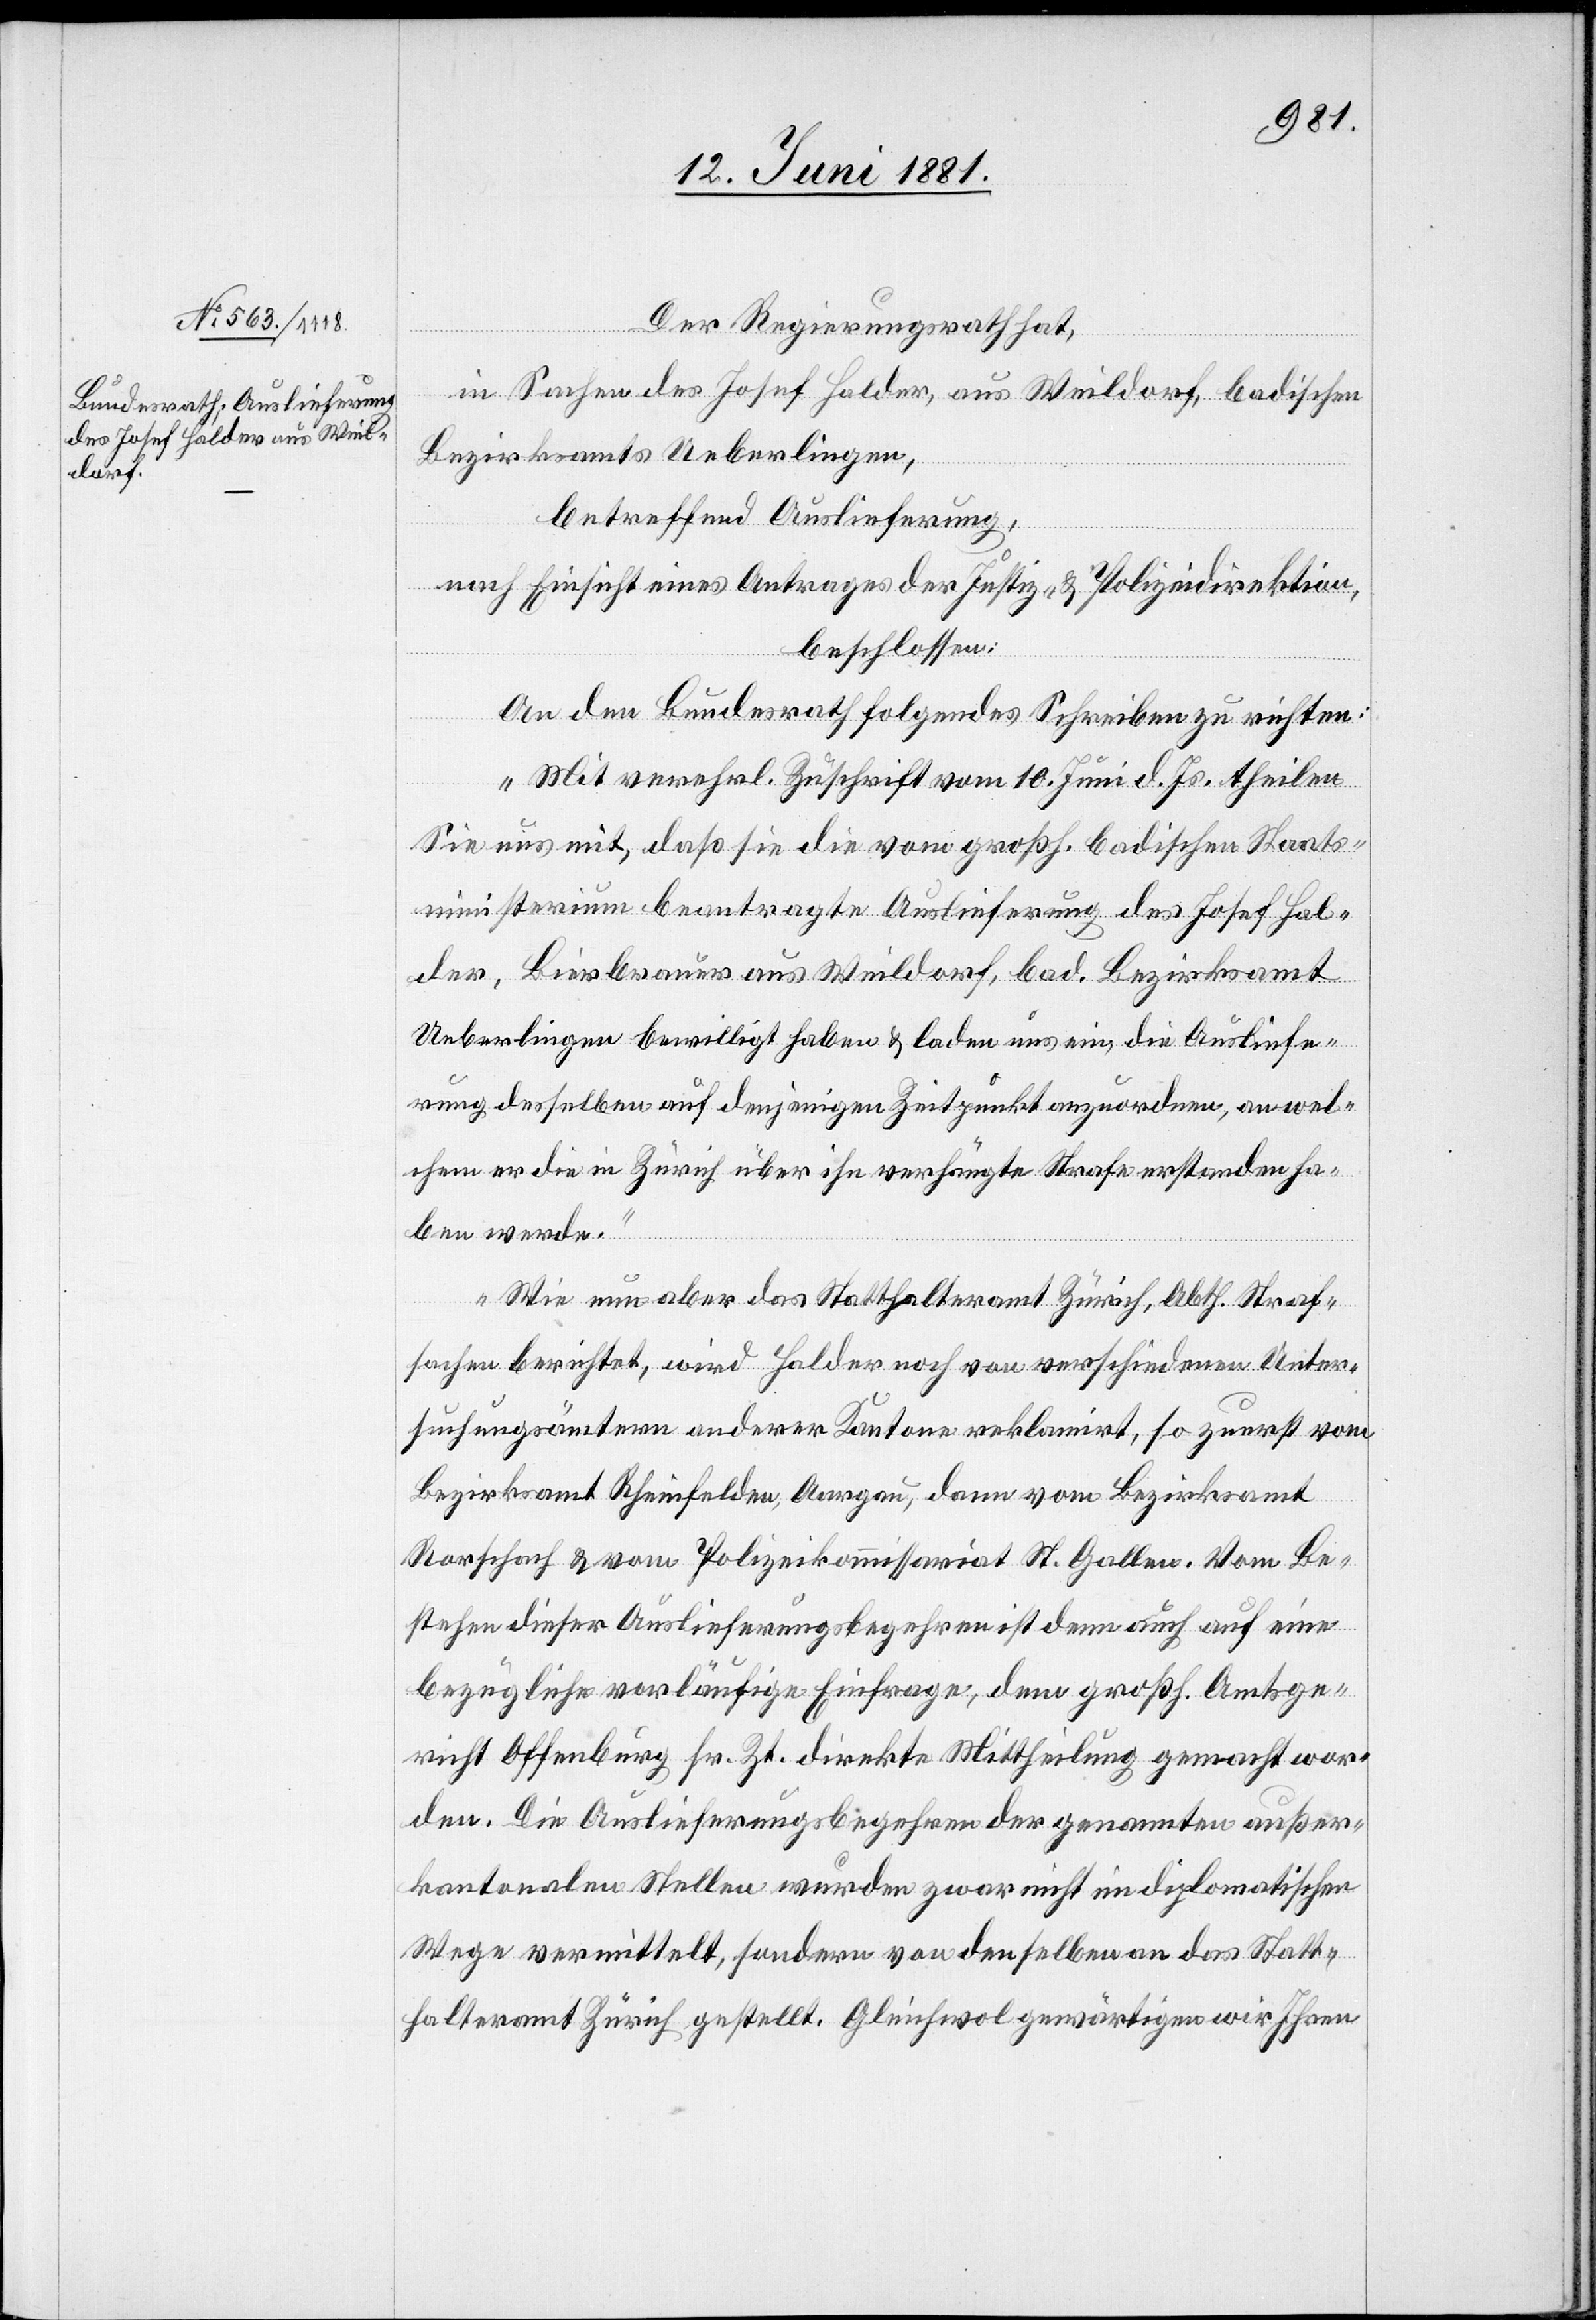
15. Juni 1881.]
Der Regierungsrath hat,
in Sachen des Josef Halder, aus Weildorf, badischen
Bezirksamts Ueberlingen,
betreffend Auslieferung,
nach Einsicht eines Antrages der Justiz- & Polizeidirektion,
beschlossen:
An den Bundesrath folgendes Schreiben zu richten:
„Mit verehrl. Zuschrift vom 10. Juni d. Js. theilen
Sie uns mit, daß sie die vom großh. badischen Staats¬
ministerium beantragte Auslieferung de Josef Hal¬
der, Bierbrauer aus Weildorf, bad. Bezirksamt
Ueberlingen bewilligt haben & laden uns ein die Ausliefe¬
rung desselben auf denjenigen Zeitpunkt anzuordnen, an wel¬
chem er die in Zürich über ihn verhängte Strafe erstanden ha¬
ben werde.
Wie nun aber das Statthalteramt Zürich, Abth. Straf¬
sachen berichtet, wird Halder noch von verschiedenen Unter¬
suchungsämtern anderer Kantone reklamirt, so zuerst vom
Bezirksamt Rheinfelden, Aargau, dann vom Bezirksamt
Rorschach & vom Polizeikommissariat St. Gallen. Vom Be¬
stehen dieser Auslieferungsbegehren ist denn auch auf eine
bezügliche vorläufige Einfrage, dem großh. Amtsge¬
richt Offenburg sr. Zt. direkte Mittheilung gemacht wor¬
den. Die Auslieferungsbegehren der genannten außer¬
kantonalen Stellen wurden zwar nicht im diplomatischen
Wege vermittelt, sondern von den selben an das Statt¬
halteramt Zürich gestellt. Gleichwol gewärtigen wir Ihren